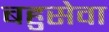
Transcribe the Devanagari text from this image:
बहुसेवा